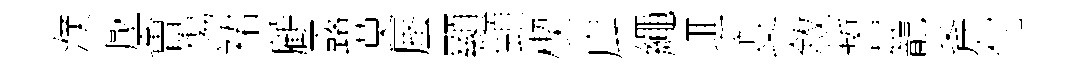
濮壓㑹傷裙顧露莫蜃顯頸楔戽繩逥变敘誓籠斧付